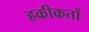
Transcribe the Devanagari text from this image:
हकीकतों